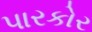
પારકોર